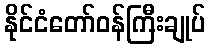
နိုင်ငံတော်ဝန်ကြီးချုပ်